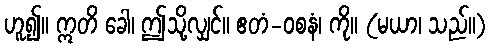
ဟူ၍။ ဣတိ ခေါ၊ ဤသို့လျှင်။ ဧတံ-ဝစနံ၊ ကို။ (မယာ၊ သည်။)